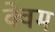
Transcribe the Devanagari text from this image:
क्वेम